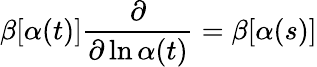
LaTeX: \beta[\alpha(t)]\frac{\partial}{\partial\ln\alpha(t)}=\beta[\alpha(s)]